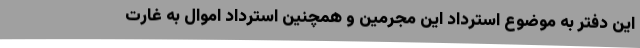
این دفتر به موضوع استرداد این مجرمین و همچنین استرداد اموال به غارت